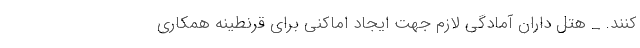
کنند. _ هتل داران آمادگی لازم جهت ایجاد اماکنی برای قرنطینه همکاری